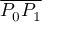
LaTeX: \overline { { P _ { 0 } P _ { 1 } } }